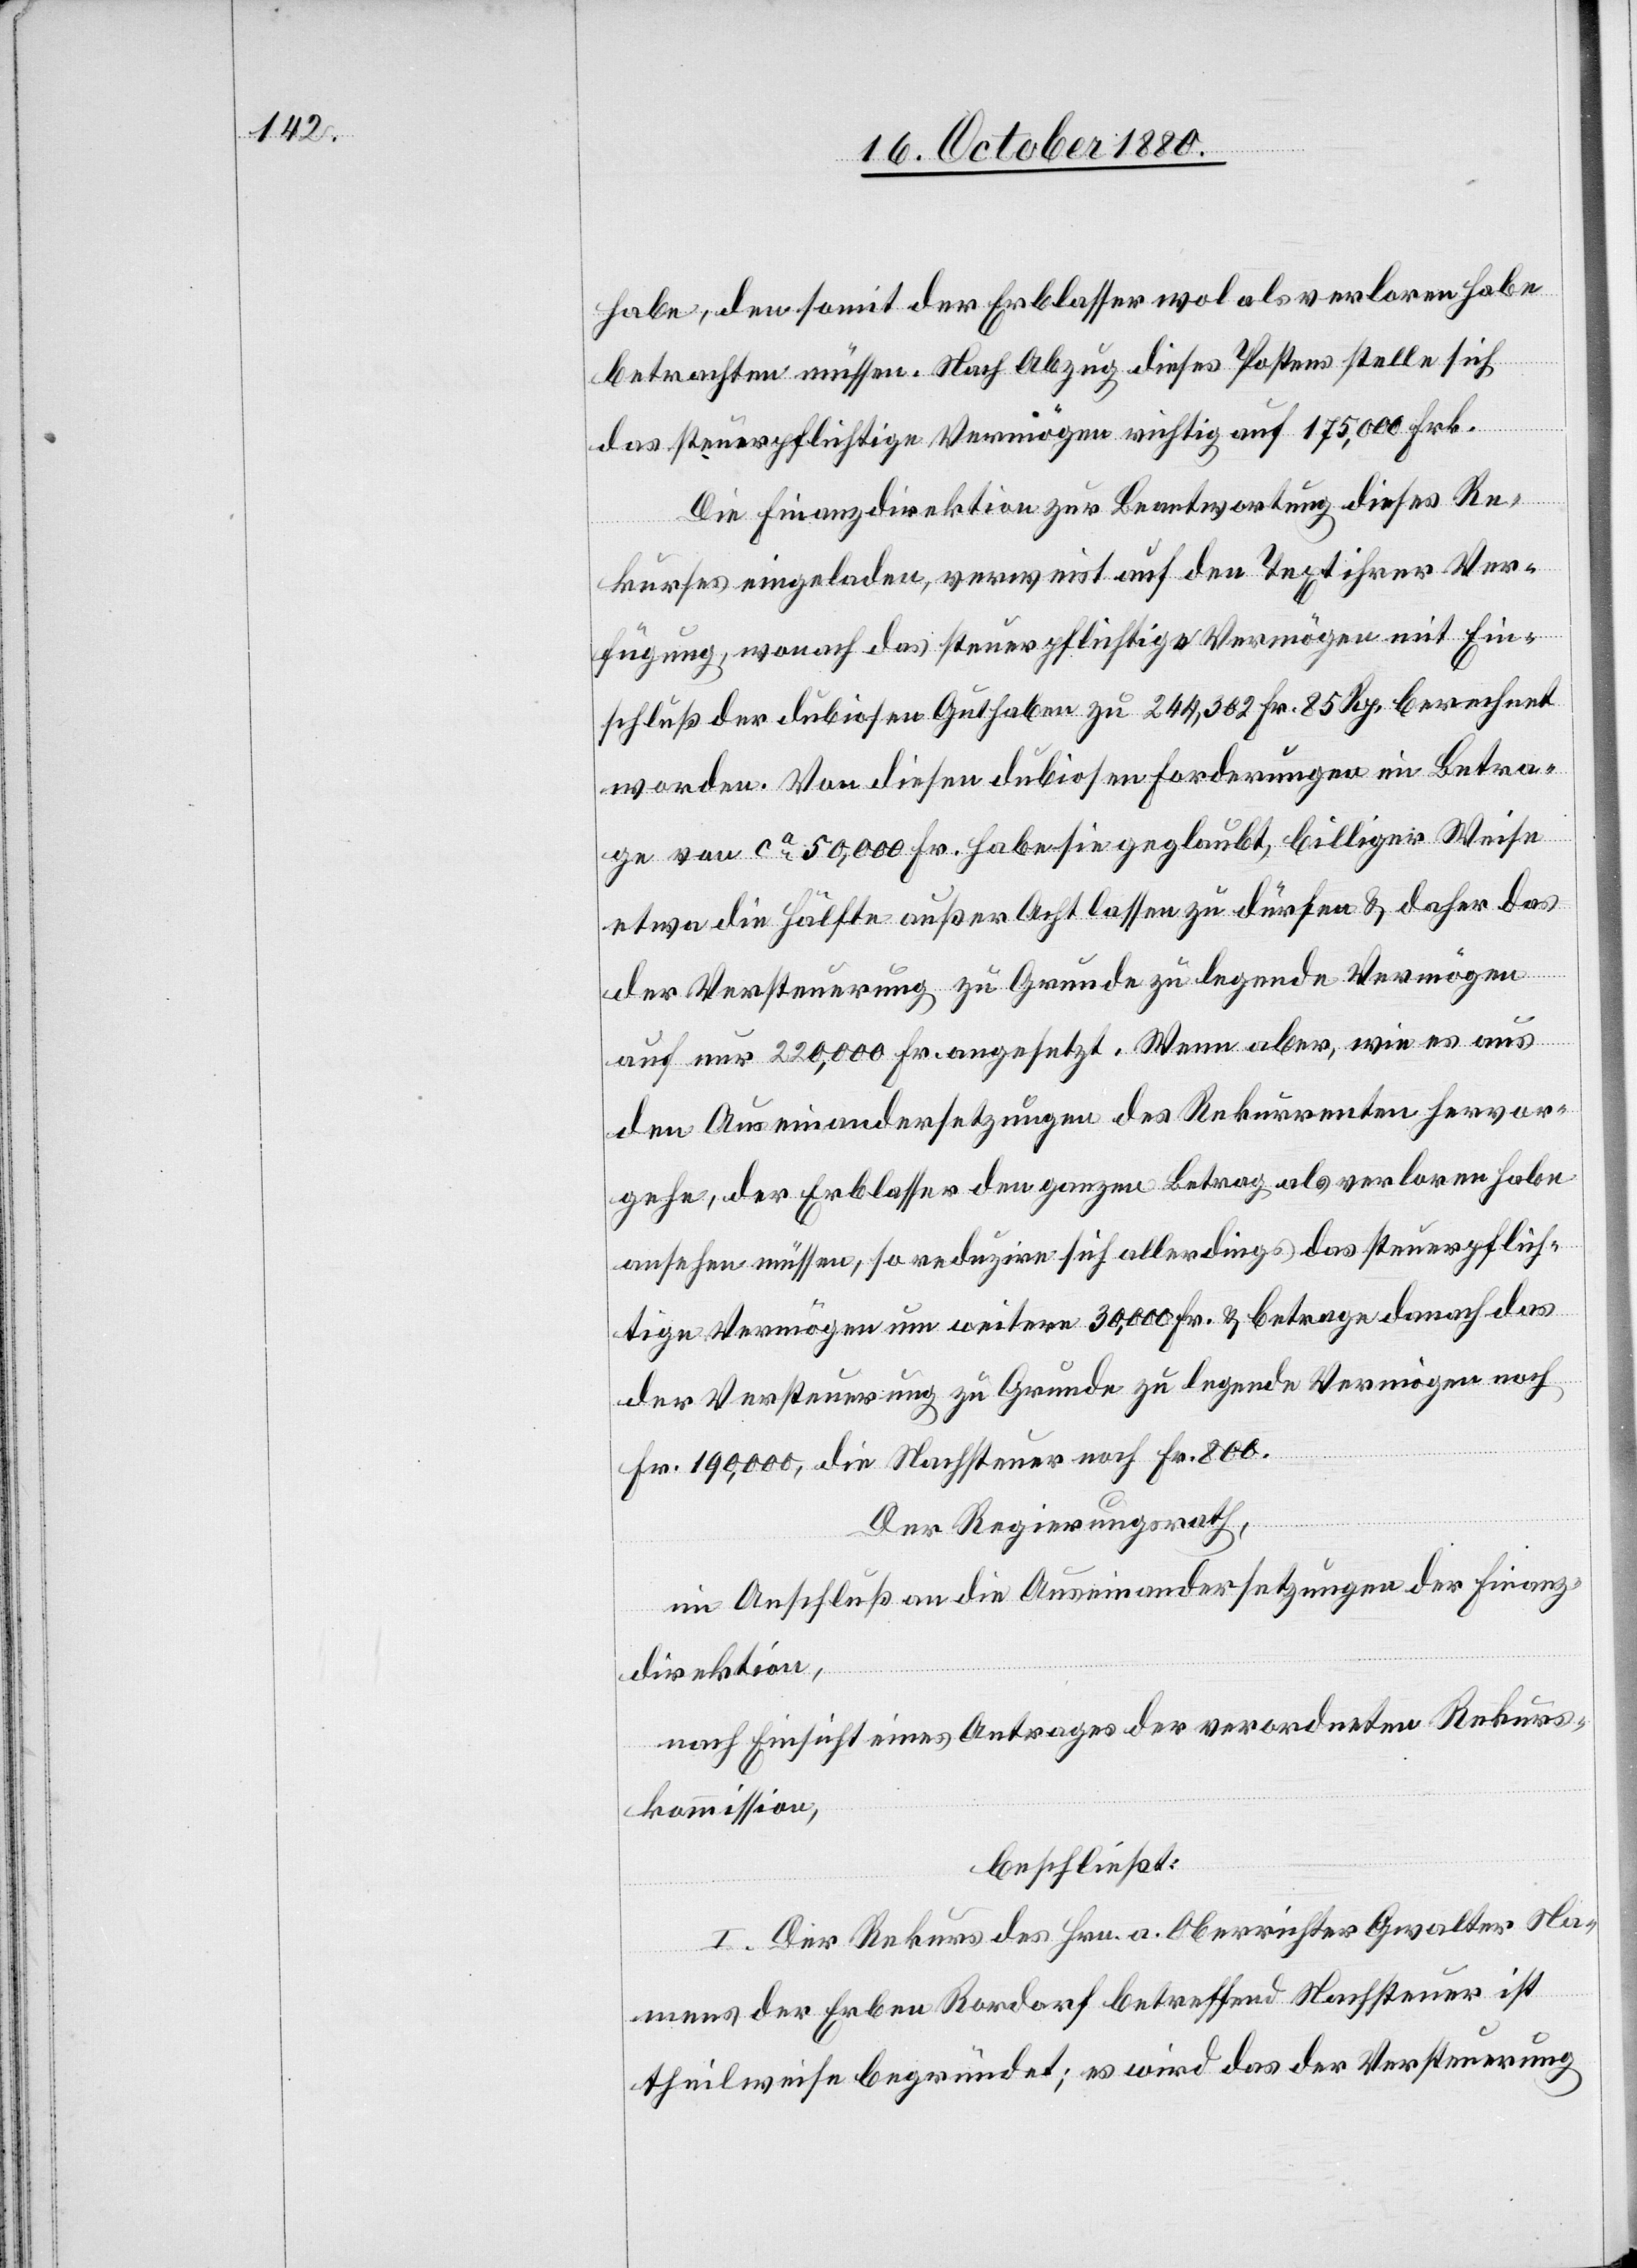
habe, den somit der Erblasser wol als verloren habe
betrachten müssen. Nach Abzug dieses Postens stelle sich
das steuerpflichtige Vermögen richtig auf 175,000 Frk.
Die Finanzdirektion zur Beantwortung dieses Re¬
kurses eingeladen, verweist auf den Text ihrer Ver¬
fügung, wonach das steuerpflichtige Vermögen mit Ein¬
schluß der dubiosen Guthaben zu 244,302 Fr. 85 Rp. berechnet
worden. Von diesen dubiosen Forderungen ein Betra¬
ge von ca 50,000 Fr. habe sie geglaubt, billiger Weise
etwa die Hälfte außer Acht lassen zu dürfen & daher das
der Versteuerung zu Grunde zu legende Vermögen
auf nur 220,000 Fr. angesetzt. Wenn aber, wie es aus
den Auseinandersetzungen des Rekurrenten hervor¬
gehe, der Erblasser den ganzen Betrag als verloren habe
ansehen müssen, so reduzire sich allerdings das steuerpflich¬
tige Vermögen um weitere 30,000 Fr. & betrage danach das
der Versteuerung zu Grunde zu legende Vermögen noch
Fr. 190,000, die Nachsteuer noch Fr. 800.
Der Regierungsrath,
im Anschluß an die Auseinandersetzungen der Finanz¬
direktion,
nach Einsicht eines Antrages der verordneten Rekurs¬
kommission,
beschließt:
I. Der Rekurs des Hrn. a. Oberrichter Gwalter Na¬
mens der Erben Rordorf betreffend Nachsteuer ist
theilweise begründet; es wird das der Versteuerung